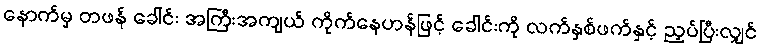
နောက်မှ တဖန် ခေါင်း အကြီးအကျယ် ကိုက်နေဟန်ဖြင့် ခေါင်းကို လက်နှစ်ဖက်နှင့် ညှပ်ပြီးလျှင်